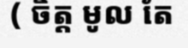
( ចិត្ត មូល តែ